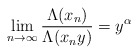
\begin{align*}\lim_{n \to \infty}\frac{\Lambda(x_n)}{\Lambda(x_n y)} = y^\alpha\end{align*}